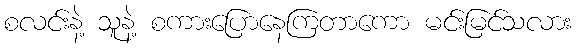
စလင်းနဲ့ သူနဲ့ စကားပြောနေကြတာကော မင်းမြင်သလား